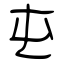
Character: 屯